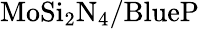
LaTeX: \mathrm{MoSi_{2}N_{4}/BlueP}